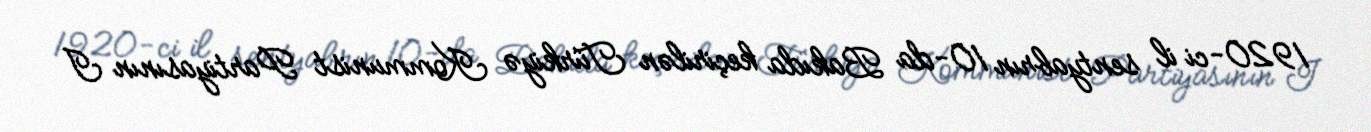
1920-ci il sentyabrın 10-da Bakıda keçirilən Türkiyə Kommunist Partiyasının I